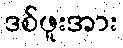
ဒစ်ဖူးအား